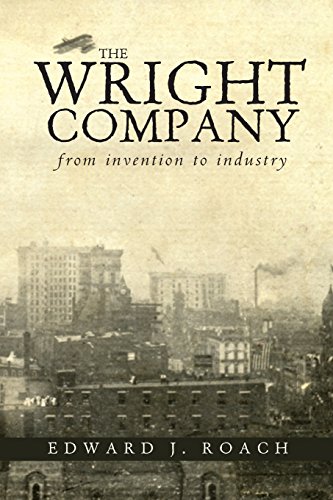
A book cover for The Wright Company: From Invention to Industry; Edward J. Roach; Business & Money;